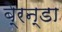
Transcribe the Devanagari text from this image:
बे्रन्डा